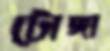
টোঙ্গা